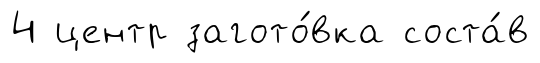
4 центр загото́вка соста́в